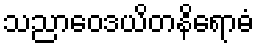
သညာဝေဒယိတနိရောဓံ